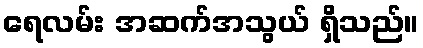
ရေလမ်း အဆက်အသွယ် ရှိသည်။